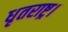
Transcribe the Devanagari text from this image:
धृतराष्ट्र।